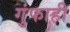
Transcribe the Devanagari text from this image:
गुंफाही